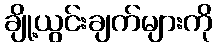
ချို့ယွင်းချက်များကို